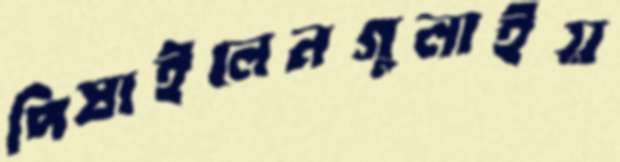
পিষাইলেনগুলাইয়